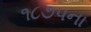
૧૮૭૫ના